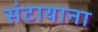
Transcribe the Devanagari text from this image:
संटायाना